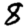
Digit: 8